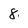
Character: 8